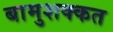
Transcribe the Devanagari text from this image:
बामुशक्कत